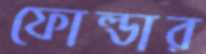
ফোল্ডার